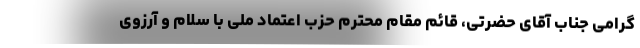
گرامی جناب آقای حضرتی، قائم مقام محترم حزب اعتماد ملی با سلام و آرزوی